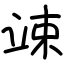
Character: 竦